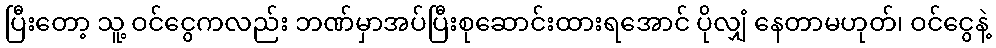
ပြီးတော့ သူ့ ဝင်ငွေကလည်း ဘဏ်မှာအပ်ပြီးစုဆောင်းထားရအောင် ပိုလျှံ နေတာမဟုတ်၊ ဝင်ငွေနဲ့